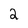
Character: 2